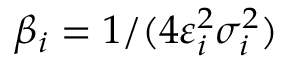
\beta _ { i } = 1 / ( 4 \varepsilon _ { i } ^ { 2 } \sigma _ { i } ^ { 2 } )